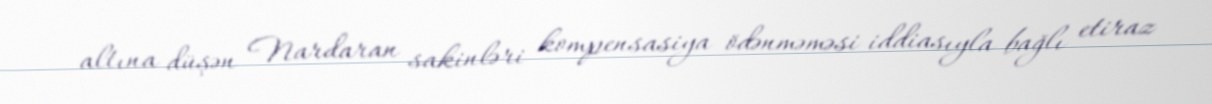
altına düşən Nardaran sakinləri kompensasiya ödənməməsi iddiasıyla bağlı etiraz